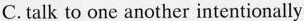
C.talk to one another intentionally